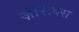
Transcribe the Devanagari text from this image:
ज़ीरौक्स